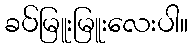
ခပ်မြူးမြူးလေးပါ။